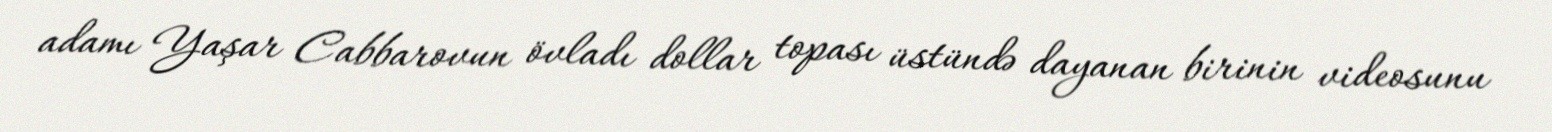
adamı Yaşar Cabbarovun övladı dollar topası üstündə dayanan birinin videosunu